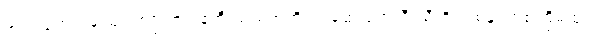
အရုပ်ရောင်းချသူတစ်ဦးက ဖန်တီးသည်အထိပင် ဆေးရုံအသီးသီးရှိ တစ်နှစ်တစ်ကြိမ်ထုတ်